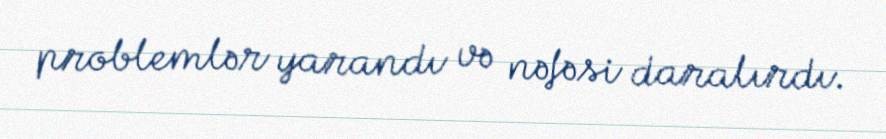
problemlər yarandı və nəfəsi daralırdı.